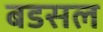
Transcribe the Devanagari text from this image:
बडसल